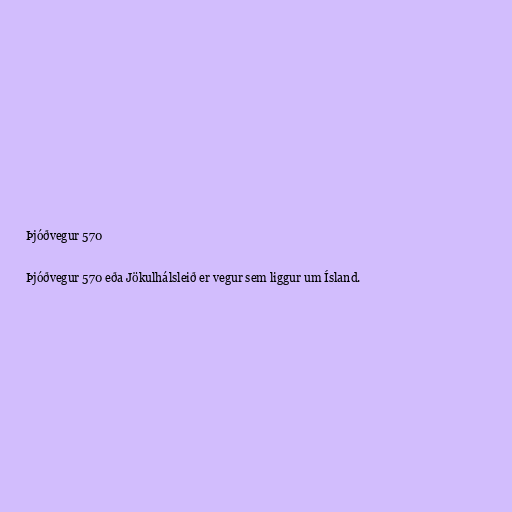
Þjóðvegur 570

Þjóðvegur 570 eða Jökulhálsleið er vegur sem liggur um Ísland.